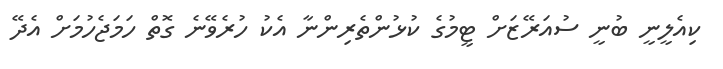
ކިއެލީނީ ބުނީ ސުއަރޭޒަށް ޓީމުގެ ކުޅުންތެރިންނާ އެކު ހުރެވޭނެ ގޮތް ހަމަޖެހުމަށް އެދޭ